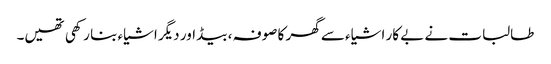
طالبات نے بے کار اشیاء سے گھر کا صوفہ ، بیڈ اور دیگر اشیاء بنا رکھی تھیں۔